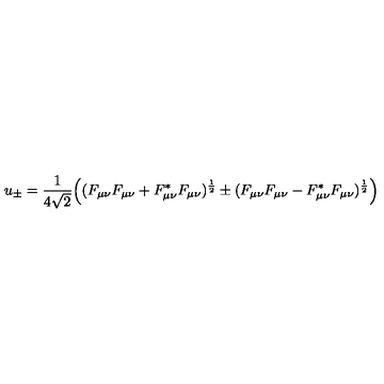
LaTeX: u _ { \pm } = \frac { 1 } { 4 \sqrt { 2 } } \Big ( ( F _ { \mu \nu } F _ { \mu \nu } + F _ { \mu \nu } ^ { * } F _ { \mu \nu } ) ^ { \frac { 1 } { 2 } } \pm ( F _ { \mu \nu } F _ { \mu \nu } - F _ { \mu \nu } ^ { * } F _ { \mu \nu } ) ^ { \frac { 1 } { 2 } } \Big )